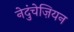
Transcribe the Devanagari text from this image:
नेदुंचेज़ियन